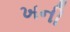
ખની